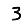
Digit: 3